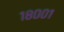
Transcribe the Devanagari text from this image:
१८००१